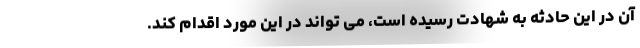
آن در این حادثه به شهادت رسیده است، می تواند در این مورد اقدام کند.